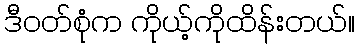
ဒီဝတ်စုံက ကိုယ့်ကိုထိန်းတယ်။